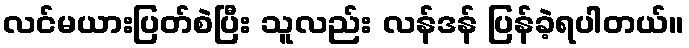
လင်မယားပြတ်စဲပြီး သူလည်း လန်ဒန် ပြန်ခဲ့ရပါတယ်။